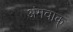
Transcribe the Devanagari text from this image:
अंगवाक्